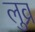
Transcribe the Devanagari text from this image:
लुव्र